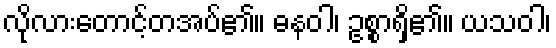
လိုလားတောင့်တအပ်၏။ ဓနဝါ၊ ဥစ္စာရှိ၏။ ယသဝါ၊